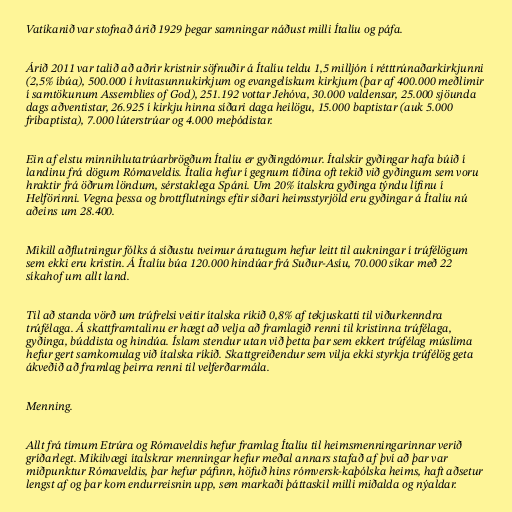
Vatíkanið var stofnað árið 1929 þegar samningar náðust milli Ítalíu og páfa.

Árið 2011 var talið að aðrir kristnir söfnuðir á Ítalíu teldu 1,5 milljón í rétttrúnaðarkirkjunni
(2,5% íbúa), 500.000 í hvítasunnukirkjum og evangelískum kirkjum (þar af 400.000 meðlimir
í samtökunum Assemblies of God), 251.192 vottar Jehóva, 30.000 valdensar, 25.000 sjöunda
dags aðventistar, 26.925 í kirkju hinna síðari daga heilögu, 15.000 baptistar (auk 5.000
fríbaptista), 7.000 lúterstrúar og 4.000 meþódistar.

Ein af elstu minnihlutatrúarbrögðum Ítalíu er gyðingdómur. Ítalskir gyðingar hafa búið í
landinu frá dögum Rómaveldis. Ítalía hefur í gegnum tíðina oft tekið við gyðingum sem voru
hraktir frá öðrum löndum, sérstaklega Spáni. Um 20% ítalskra gyðinga týndu lífinu í
Helförinni. Vegna þessa og brottflutnings eftir síðari heimsstyrjöld eru gyðingar á Ítalíu nú
aðeins um 28.400.

Mikill aðflutningur fólks á síðustu tveimur áratugum hefur leitt til aukningar í trúfélögum
sem ekki eru kristin. Á Ítalíu búa 120.000 hindúar frá Suður-Asíu, 70.000 síkar með 22
síkahof um allt land.

Til að standa vörð um trúfrelsi veitir ítalska ríkið 0,8% af tekjuskatti til viðurkenndra
trúfélaga. Á skattframtalinu er hægt að velja að framlagið renni til kristinna trúfélaga,
gyðinga, búddista og hindúa. Íslam stendur utan við þetta þar sem ekkert trúfélag múslima
hefur gert samkomulag við ítalska ríkið. Skattgreiðendur sem vilja ekki styrkja trúfélög geta
ákveðið að framlag þeirra renni til velferðarmála.

Menning.

Allt frá tímum Etrúra og Rómaveldis hefur framlag Ítalíu til heimsmenningarinnar verið
gríðarlegt. Mikilvægi ítalskrar menningar hefur meðal annars stafað af því að þar var
miðpunktur Rómaveldis, þar hefur páfinn, höfuð hins rómversk-kaþólska heims, haft aðsetur
lengst af og þar kom endurreisnin upp, sem markaði þáttaskil milli miðalda og nýaldar.